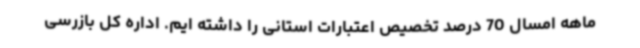
ماهه امسال 70 درصد تخصیص اعتبارات استانی را داشته ایم. اداره کل بازرسی